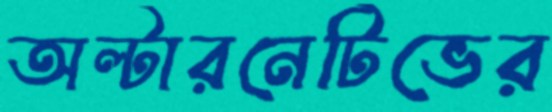
অল্টারনেটিভের